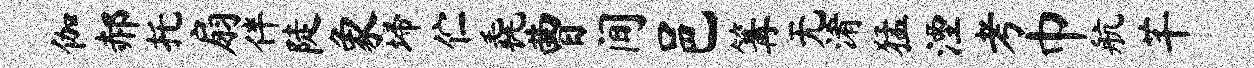
伽郝托扇伴陡象埽伫毳曹间邑篝无淆猛湮考巾航芊